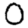
Digit: 0